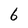
Character: 6